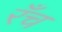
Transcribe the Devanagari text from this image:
रँच